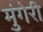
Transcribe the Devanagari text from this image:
मुंगेरी